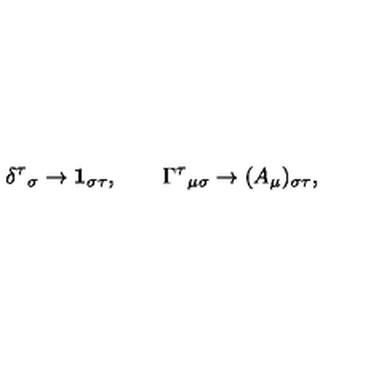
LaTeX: \delta ^ { \tau } { } _ { \sigma } \rightarrow \mathbf { 1 } _ { \sigma \tau } , \qquad \Gamma ^ { \tau } { } _ { \mu \sigma } \rightarrow ( A _ { \mu } ) _ { \sigma \tau } ,